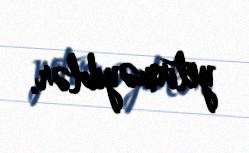
yetirməyiblər.